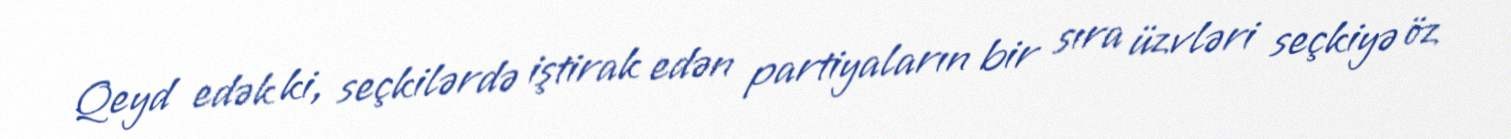
Qeyd edək ki, seçkilərdə iştirak edən partiyaların bir sıra üzvləri seçkiyə öz